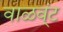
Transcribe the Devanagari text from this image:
वाळव्ंट